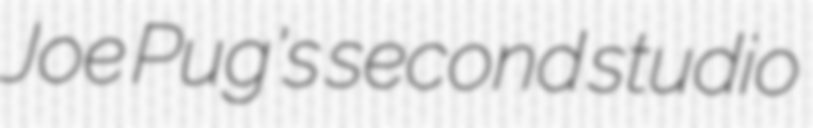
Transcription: Joe Pug's second studio